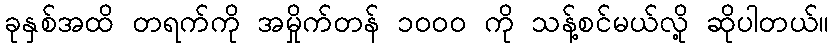
ခုနှစ်အထိ တရက်ကို အမှိုက်တန် ၁၀၀၀ ကို သန့်စင်မယ်လို့ ဆိုပါတယ်။